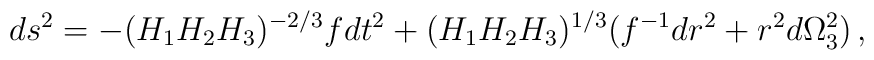
ds^2 = -(H_1H_2H_3)^{-2/3}f dt^2 + (H_1H_2H_3)^{1/3}(f^{-1} dr^2 +         r^2 d\Omega_3^2)\,,